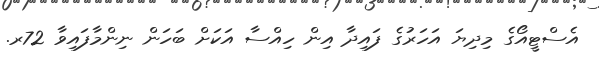
އެސްޓީއޯގެ މިދިޔަ އަހަރުގެ ފައިދާ އިން ހިއްސާ އަކަށް ބަހަން ނިންމާފައިވާ 72ރ.